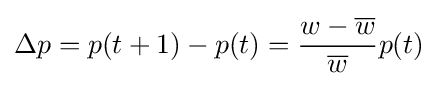
\Delta p=p(t+1)-p(t)={\frac {w-{\overline {w}}}{\overline {w}}}p(t)